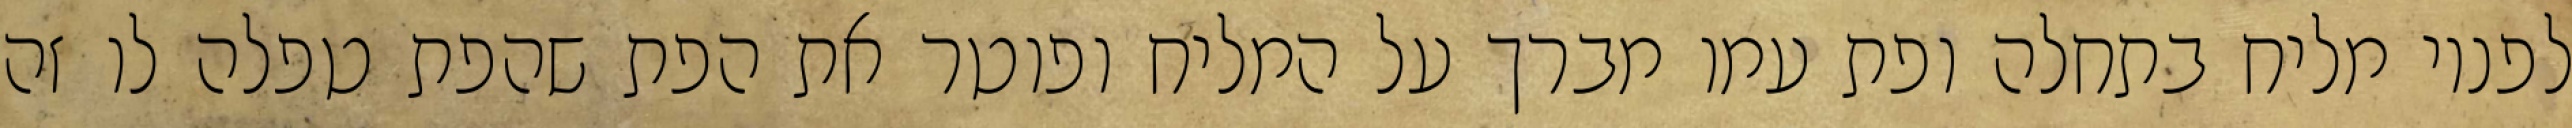
לפניו מליח בתחלה ופת עמו מברך על המליח ופוטר את הפת שהפת טפלה לו זה